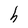
Character: h